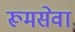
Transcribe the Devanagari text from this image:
रूमसेवा